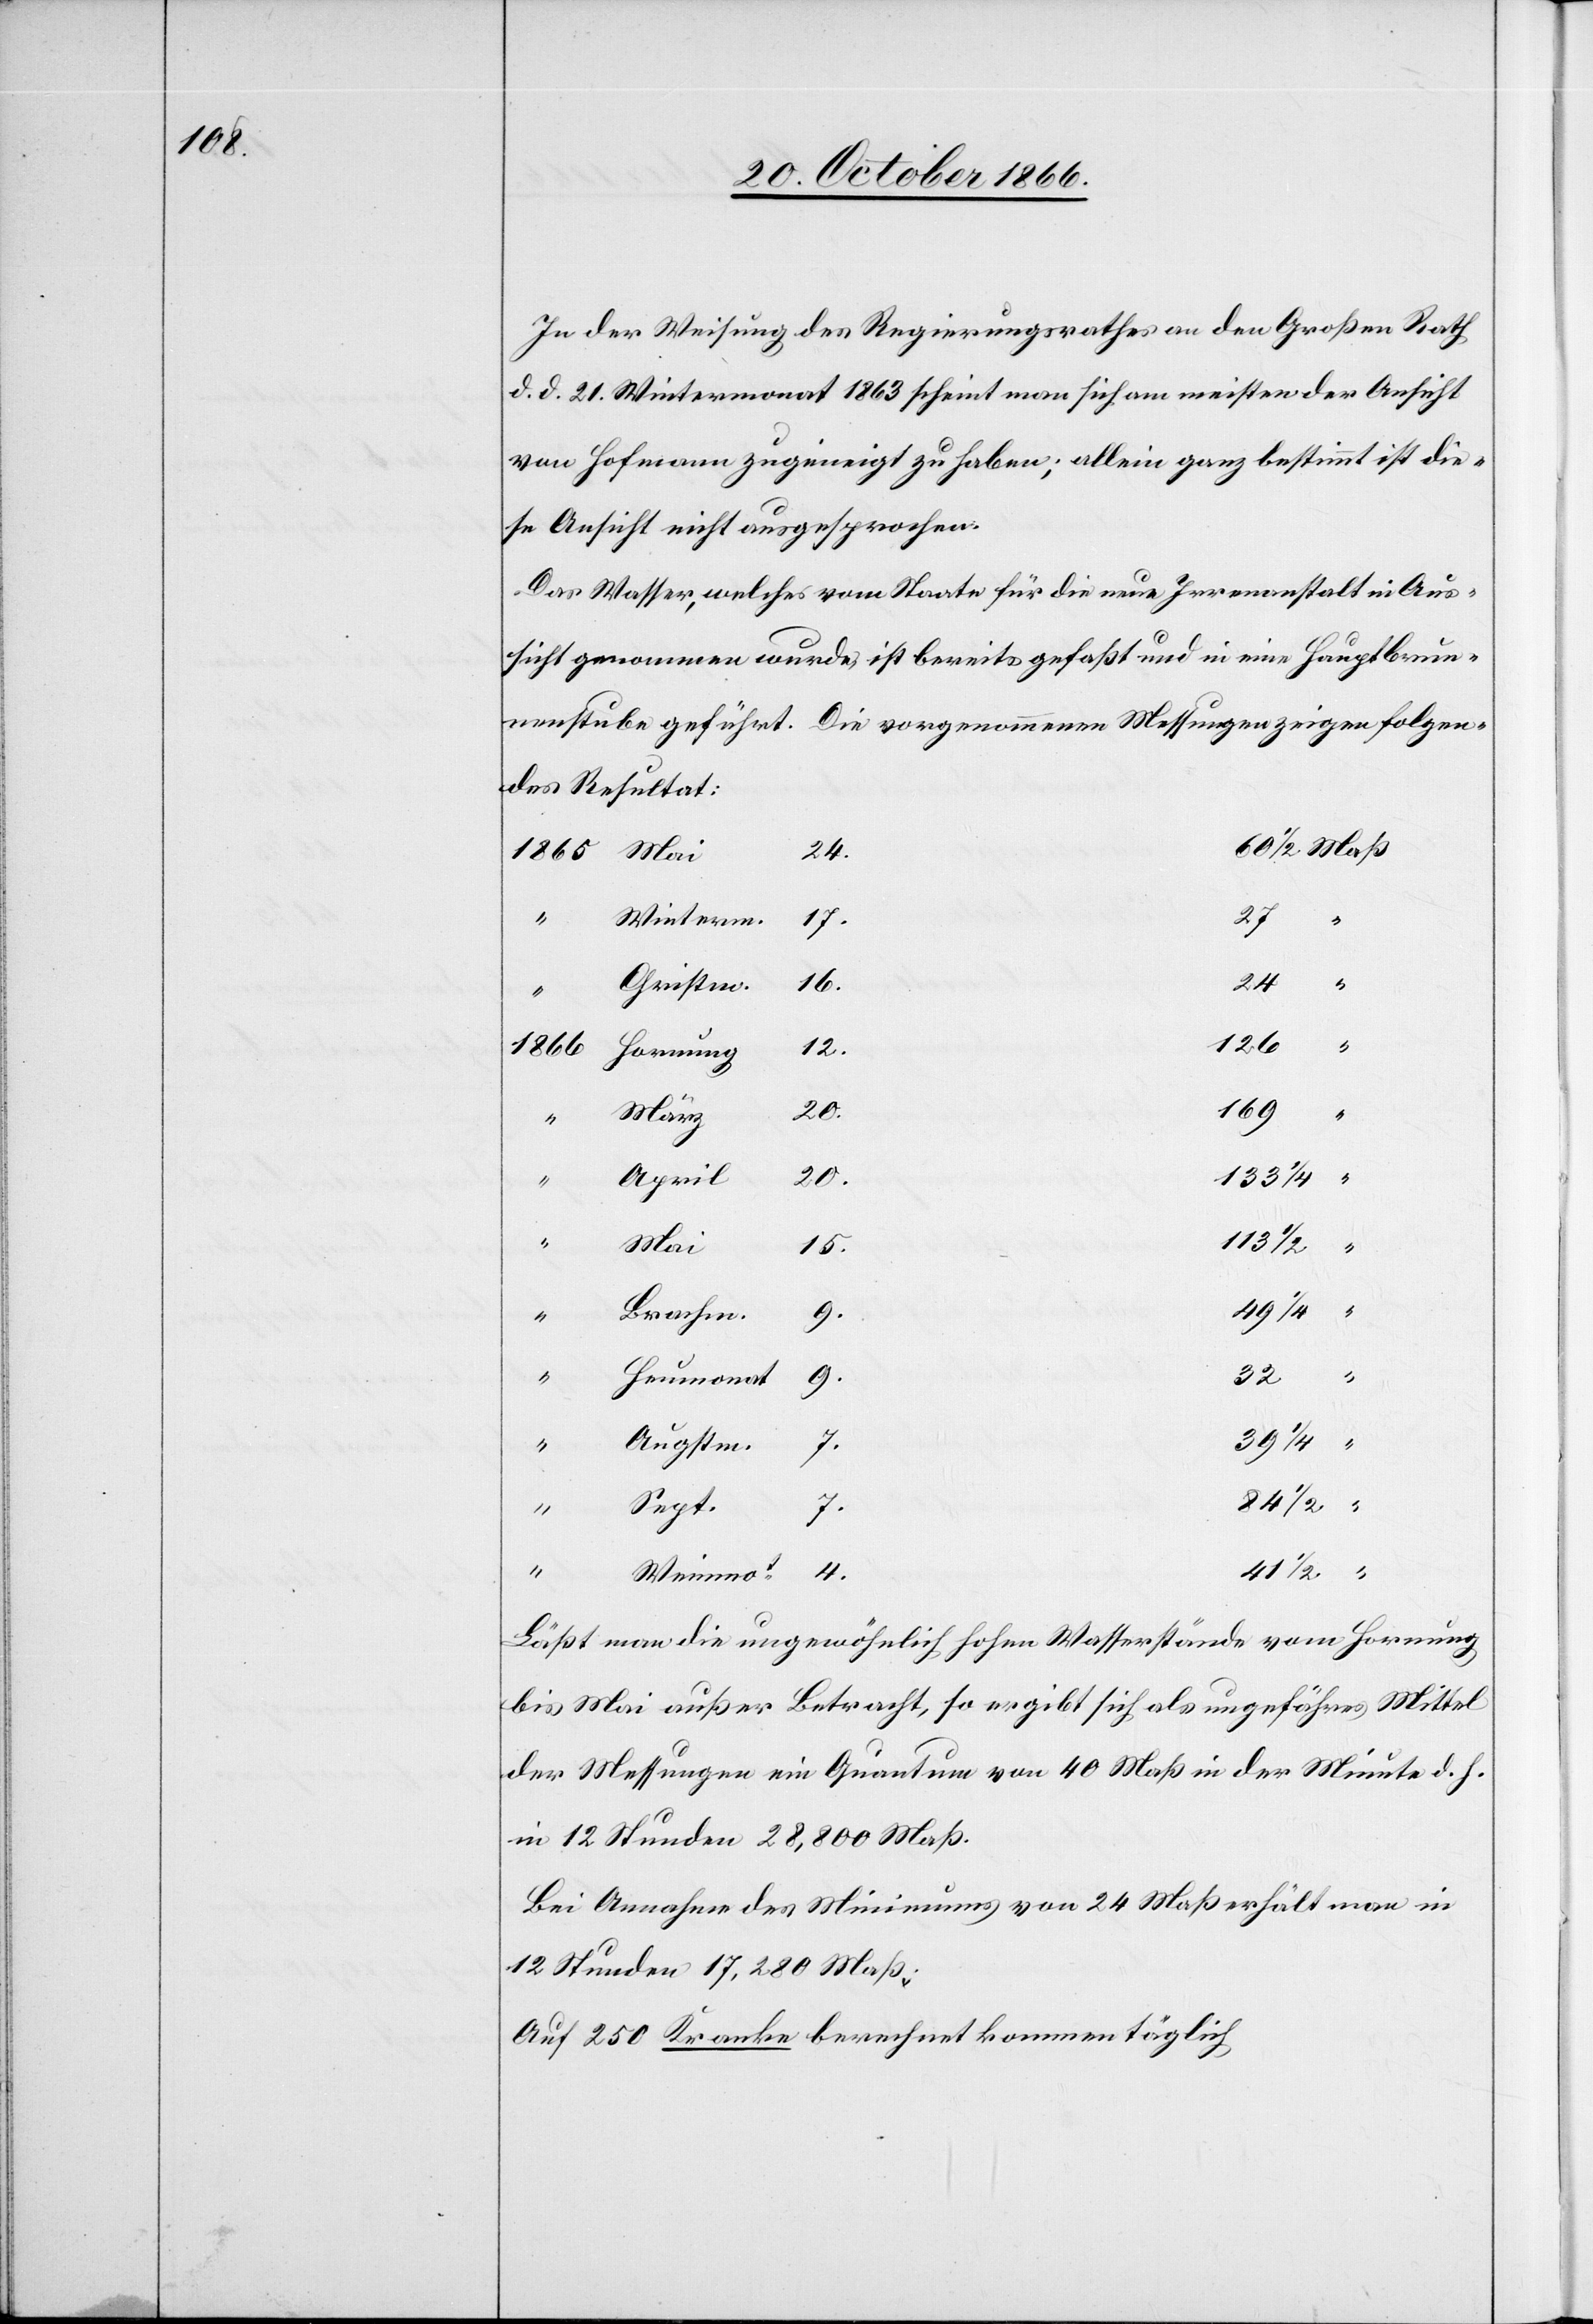
In der Weisung des Regierungsrathes an den Großen Rath
d. d. 21. Wintermonat 1863 scheint man sich am meisten der Ansicht
von Hofmann [sic!] zugeneigt zu haben; allein ganz bestimmt ist die¬
se Ansicht nicht ausgesprochen.
Das Wasser, welches vom Staate für die neue Irrenanstalt in Aus¬
sicht genommen wurde, ist bereits gefaßt und in eine Hauptbrun¬
nenstube geführt. Die vorgenommenen Messungen zeigen folgen¬
des Resultat:
27
“
Winterm.
17.
16.
84
½
Christm.
126
“
1866
12.
Hornung
169
20.
März
½
“
April
133 ¼
113 ½
“
Mai
15.
Brachm.
9.
¼
9.
Heumonat
32
39 ¼
7.
Augstm.
Sept.
4.
41
Weinmot
Läßt man die ungewöhnlich hohen Wasserstände vom Hornung
bis Mai außer Betracht, so ergibt sich als ungefähres Mittel
der Messungen ein Quantum von 40 Maß in der Minute d. h.
in 12 Stunden 28 800 Maß.
Bei Annahme des Minimums von 24 Maß erhält man in
12 Stunden 17 280 Maß;
Auf 250 Kranke berechnet kommen täglich